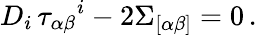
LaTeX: D_{i}\, \tau_{\alpha\beta}{}^{i}-2\Sigma_{[\alpha\beta]}=0\, .